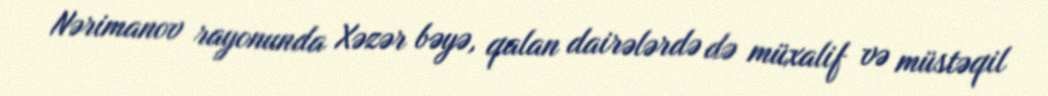
Nərimanov rayonunda Xəzər bəyə, qalan dairələrdə də müxalif və müstəqil